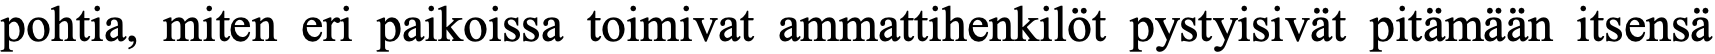
pohtia, miten eri paikoissa toimivat ammattihenkilöt pystyisivät pitämään itsensä